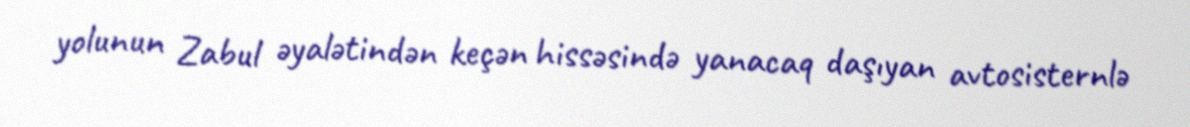
yolunun Zabul əyalətindən keçən hissəsində yanacaq daşıyan avtosisternlə